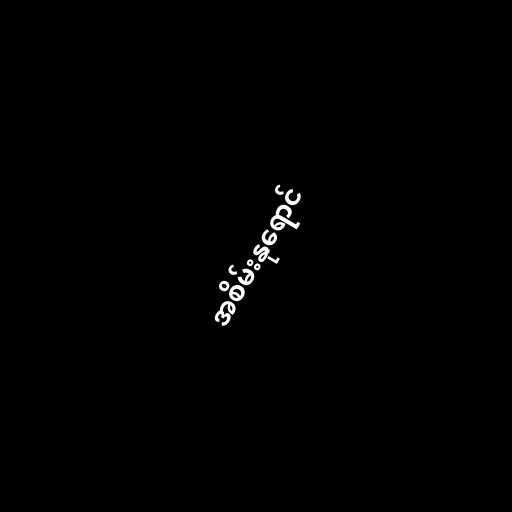
အစိမ်းနုရောင်